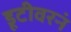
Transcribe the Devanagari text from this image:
डूटीवरनं